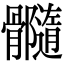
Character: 𩪷